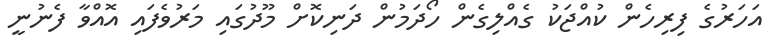
އަހަރުގެ ފިރިހެން ކުއްޖަކު ގެއްލިގެން ހޯދަމުން ދަނިކޮށް މޫދުގައި މަރުވެފައި އޮއްވާ ފެނުނީ